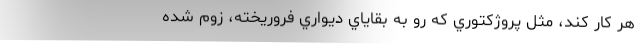
هر كار كند، مثل پروژكتوري كه رو به بقاياي ديواري فروريخته، زوم شده